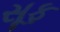
સૂફ